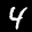
Label: 4